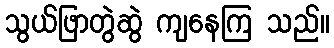
သွယ်ဖြာတွဲဆွဲ ကျနေကြ သည်။